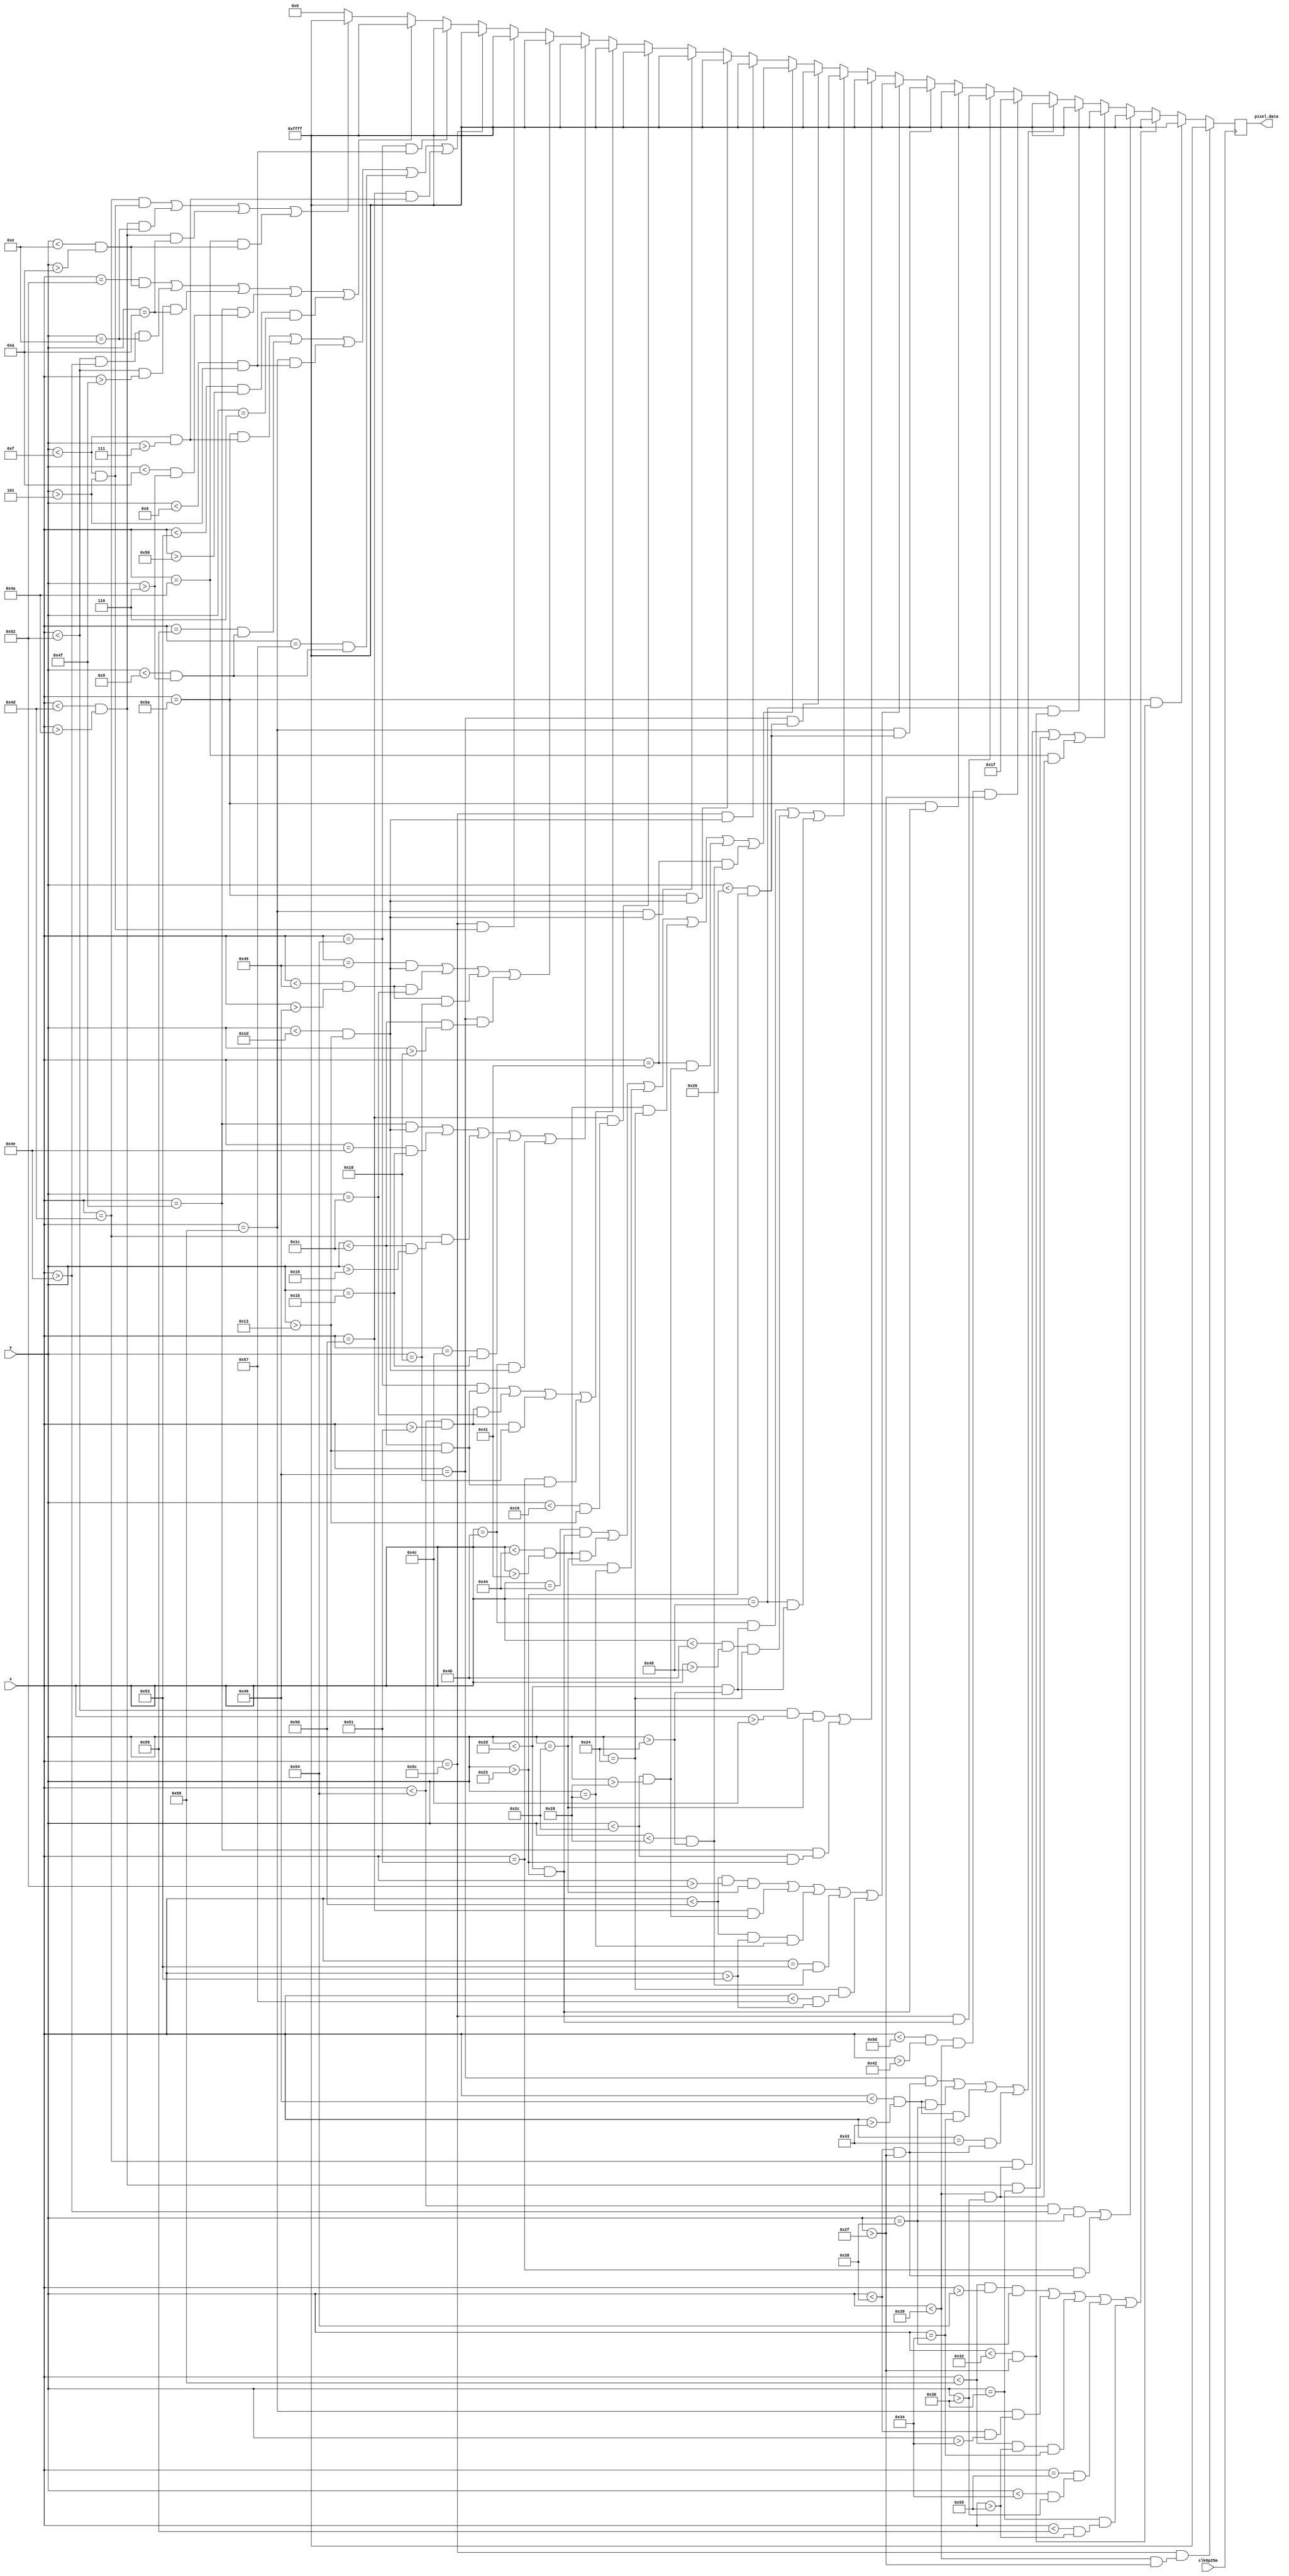
`timescale 1ns / 1ps
//////////////////////////////////////////////////////////////////////////////////
// Company: 
// Engineer: 
// 
// Design Name: 
// Module Name: StudentA
// Project Name: 
// Target Devices: 
// Tool Versions: 
// Description: 
// 
// Dependencies: 
// 
// Revision:
// Revision 0.01 - File Created
// Additional Comments:
// 
//////////////////////////////////////////////////////////////////////////////////


module StudentA(input clk6p25m, input [12:0] x, input [12:0] y, output reg [15:0] pixel_data);

    always @ (posedge clk6p25m)
    begin
        if( (x == 92) && ((y < 57) && (y > 47)))    //1
            pixel_data = {5'b11111, 6'b111111,5'b11111};
        else if ((x == 90) && ((y<50) && (y>47)))   //.
            pixel_data = {5'b11111, 6'b111111,5'b11111};
        else if(((x < 88 && x > 84) && y == 56) || ((x == 88) && (y <56 && y > 52)) || ((x < 88 && x > 85) && y == 52) || ((x == 85) && (y < 52 && y > 48)) || ((y ==48) && (x < 89 && x>85)))  //s
            pixel_data = {5'b11111, 6'b111111,5'b11111};
        else if(((x < 84 && x > 78) && (y == 56)) || ((x == 81) && (y < 56 && y > 47))) //t
            pixel_data = {5'b11111, 6'b111111,5'b11111};
        else if(((x == 77) && (y<57 && y>48)) || ((x<77 && x > 74) && (y == 48)) || ((x==74) && (y<57 && y>48)))    //u
            pixel_data = {5'b11111, 6'b111111,5'b11111};
        else if((x==72) && (y<50 && y>47))  //.
            pixel_data = {5'b11111, 6'b111111,5'b11111};
        else if(((x == 70) && (y<56 && y >47)) || ((x<70 && x>67) && y==56) || ((x<70 && x>67) && y==52) || (x == 67) && (y<56&&y>47))  //a
            pixel_data = {5'b11111, 6'b111111,5'b11111};
        else if(x <93 && x>66 && y<57 && y>47)  //Border
                pixel_data = {5'b00000, 6'b000000,5'b11111};
        else if((x == 92) && ((y < 45) && (y > 35)))    //1
            pixel_data = {5'b11111, 6'b111111,5'b11111};
        else if((x == 90) && ((y <45) && (y >35)))    //1
            pixel_data = {5'b11111, 6'b111111,5'b11111};
        else if ((x == 88) && ((y <38) && (y>35)))  //.
            pixel_data = {5'b11111, 6'b111111,5'b11111};
        else if(((x < 86 && x > 82) && y == 44) || ((x == 86) && (y<44 && y>40)) || ((x<86 && x>83 ) && y == 40) || ((x == 83) && (y < 40 && y> 36)) || ((y == 36) && (x<87&&x>83)))    //S
            pixel_data = {5'b11111, 6'b111111,5'b11111};
        else if(((x<82 && x>76) && (y==44)) || ((x == 79) && (y<44 && y>35)))   //T
            pixel_data = {5'b11111, 6'b111111,5'b11111};
        else if(((x == 75) && (y<45 && y>36)) || ((x<75 && x>72) && (y == 36)) || ((x==72) && (y<45 && y>36)))  //U
            pixel_data = {5'b11111, 6'b111111,5'b11111};
        else if((x==70) && (y<38 && y>35))  //.
            pixel_data = {5'b11111, 6'b111111,5'b11111};
        else if(((x == 68) && (y<45&&y>35)) || ((x<68&&x>65) && y==44) ||((x<68&&x>65) && y==40) ||((x<68&&x>65) && y==36) || ((x == 65) && (y<44&&y>40)) || ((x == 65) && (y<40&&y>36)))   //B
            pixel_data = {5'b11111, 6'b111111,5'b11111};
        else if( (x == 92) && (y < 29 && y >19))    //1
            pixel_data = {5'b11111, 6'b111111,5'b11111};
        else if( (x == 90) && ((y < 29) && (y > 19)))   //1
            pixel_data = {5'b11111, 6'b111111,5'b11111};
        else if( (x == 88) && (y <29 && y >19)) //1
            pixel_data = {5'b11111, 6'b111111,5'b11111};
        else if ((x == 86) && (y<22 && y>19))   //.
            pixel_data = {5'b11111, 6'b111111,5'b11111};
        else if(((x==84) && (y<28 && y>19)) || ((x<84 &&x>81)&&  y==28) ||((x<84 &&x>81)&& y==24) || ((x==81) && (y<28 && y>19)))   //A
            pixel_data = {5'b11111, 6'b111111,5'b11111};
        else if(((x==79) && (y<29 && y>19)) || ((x == 78) && (y == 27)) || ((x == 77) && (y<28 && y>25)) || ((x == 76) && (y == 27))||((x==75) && (y<29 && y>19)))   //M
            pixel_data = {5'b11111, 6'b111111,5'b11111};
        else if(((x == 73) && (y<29 && y>19)) || ((x<73 && x>70) && y == 28)||((x<73 && x>70) && y==24) || ((x==70) && (y<28 && y>24))) //P
            pixel_data = {5'b11111, 6'b111111,5'b11111};
        else if( (x == 92) && (y<15 && y>5))    //1
            pixel_data = {5'b11111, 6'b111111,5'b11111};
        else if( (x == 90) && (y <15 && y>7) || (x == 89) && ((y< 9) && (y > 6)) || (x == 88) && (y<8 && y>5) || ((x==87) && (y<9&&y>6)) || ((x==86)&&(y<15 && y>7)))
            pixel_data = {5'b11111, 6'b111111,5'b11111};
        else if(((x==84) && (y<8 && y>5)))
            pixel_data = {5'b11111, 6'b111111,5'b11111};
        else if(((x==82) && (y<14 && y>10)) || ((x<82 && x>78) && (y == 14)) || ((x<82 && x>79) && (y == 10)) || ((x==79) && (y<10 && y>6)) || ((x<83 && x>80) && y==6))
            pixel_data = {5'b11111, 6'b111111,5'b11111};
        else if(((x == 77) && (y<15 && y>5)) || ((x<77 && x>74) && y == 14) ||((x<77 && x>74)&& y==10) || ((x==74) && (y<14 && y>10)))
            pixel_data = {5'b11111, 6'b111111,5'b11111};
        else
            pixel_data = {5'b00000, 6'b000000,5'b00000};
    end
endmodule